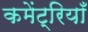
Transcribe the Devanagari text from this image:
कमेंट्रियाँ